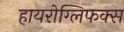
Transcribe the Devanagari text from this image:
हायरोग्लिफक्स